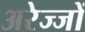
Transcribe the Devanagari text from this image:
अरेज्जों